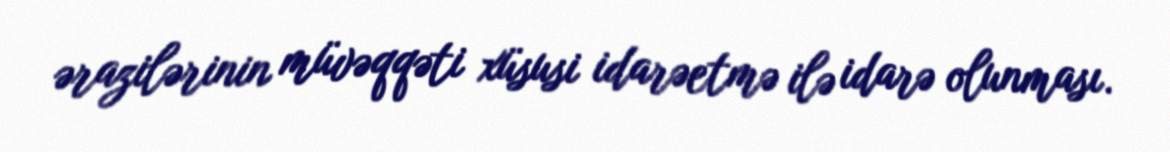
ərazilərinin müvəqqəti xüsusi idarəetmə ilə idarə olunması.